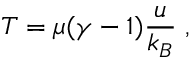
T = \mu ( \gamma - 1 ) \frac { u } { k _ { B } } \; ,